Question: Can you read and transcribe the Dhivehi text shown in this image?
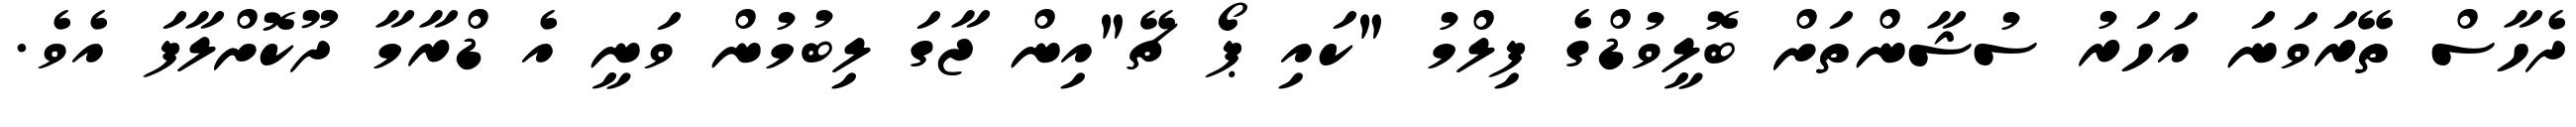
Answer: ދެހާސް ތޭރަވަނަ އަހަރު ސުޝާންތަށް ބޮލީވުޑްގެ ފިލްމު "ކައި ޕޯ ޗޭ"އިން ޖާގަ ލިބުމުން ވަނީ އެ ޑްރާމާ ދޫކޮށްލާފަ އެވެ.